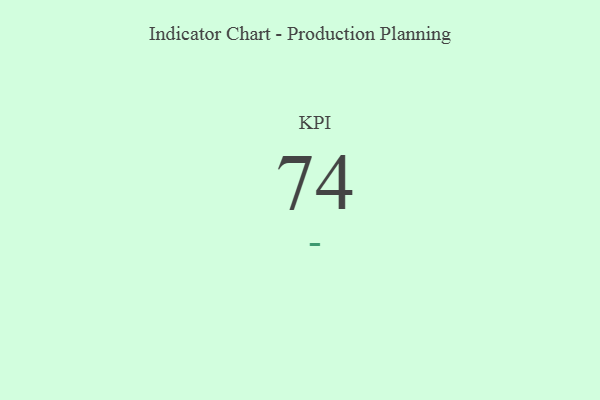
{"axis": {"x": "KPI", "y": "Value"}, "legend": [""], "data": [{"x": "KPI", "y": 74, "type": ""}]}